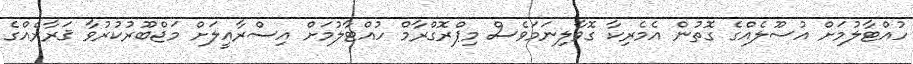
ހުއްޓާލުމަށް އުސޫލެއްގެ ގޮތުން އެމެރިކާ ގޮވާލިނަމަވެސް މިޕްރޮގްރާމް ހުއްޓާލުމަށް އިސްރާއީލަށް މަޖްބޫރުކުރުވާ ޤަރާރެއްގެ